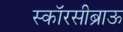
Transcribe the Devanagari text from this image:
स्कॉरसीब्राऊ